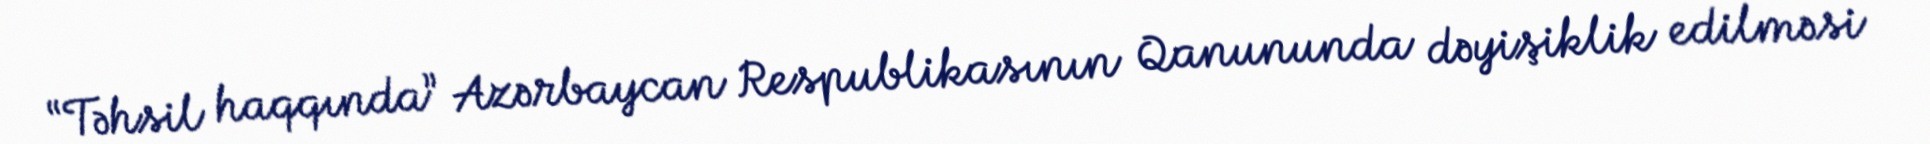
“Təhsil haqqında” Azərbaycan Respublikasının Qanununda dəyişiklik edilməsi